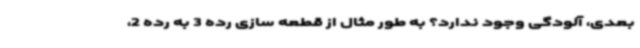
بعدی، آلودگی وجود ندارد؟ به طور مثال از قطعه سازی رده 3 به رده 2،